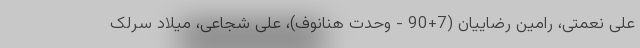
علی نعمتی، رامین رضاییان (7+90 - وحدت هنانوف)، علی شجاعی، میلاد سرلک